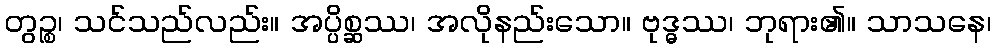
တွဉ္စ၊ သင်သည်လည်း။ အပ္ပိစ္ဆဿ၊ အလိုနည်းသော။ ဗုဒ္ဓဿ၊ ဘုရား၏။ သာသနေ၊